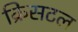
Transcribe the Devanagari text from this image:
क्रिसटल